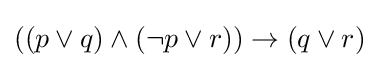
((p\vee q)\wedge (\neg p\vee r))\rightarrow (q\vee r)